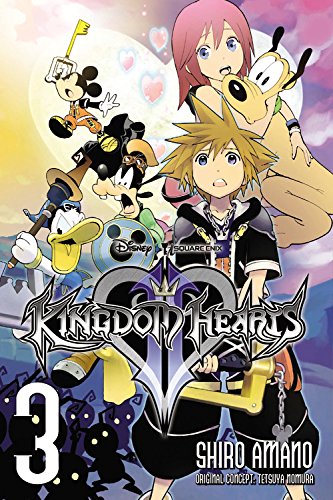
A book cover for Kingdom Hearts II, Vol. 3; Children's Books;